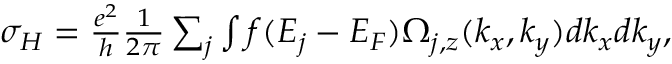
\begin{array} { r } { \sigma _ { H } = \frac { e ^ { 2 } } { h } \frac { 1 } { 2 \pi } \sum _ { j } \int f ( E _ { j } - E _ { F } ) \Omega _ { j , z } ( k _ { x } , k _ { y } ) d k _ { x } d k _ { y } , } \end{array}